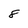
Character: 8